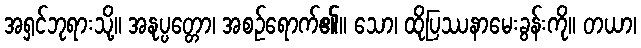
အရှင်ဘုရားသို့။ အနုပ္ပတ္တော၊ အစဉ်ရောက်၏။ သော၊ ထိုပြဿနာမေးခွန်းကို။ တယာ၊